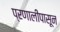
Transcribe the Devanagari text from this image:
प्रणालींपासून